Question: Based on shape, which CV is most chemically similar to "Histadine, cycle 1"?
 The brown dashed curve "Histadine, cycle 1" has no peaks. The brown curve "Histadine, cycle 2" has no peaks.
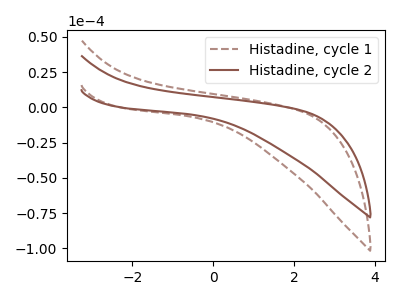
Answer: <think>Neither "Histadine, cycle 1" or "Histadine, cycle 2" have any peaks.
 </think>
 <answer>The CV with the most similar shape to "Histadine, cycle 2" is "Histadine, cycle 1".</answer>
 <eval>"Histadine, cycle 1"</eval>